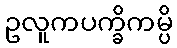
ဥလူကပက္ခိကမ္ပိ